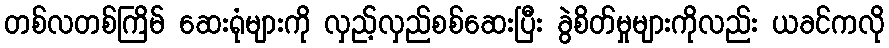
တစ်လတစ်ကြိမ် ဆေးရုံများကို လှည့်လှည်စစ်ဆေးပြီး ခွဲစိတ်မှုများကိုလည်း ယခင်ကလို